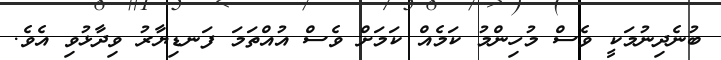
ބުނެދިނުމަކީ ވެސް މުހިންމު ކަމެއް ކަމަށް ވެސް އުއްތަމަ ފަނޑިޔާރު ވިދާޅުވި އެވެ.